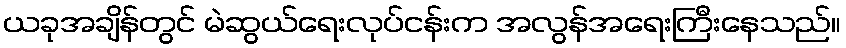
ယခုအချိန်တွင် မဲဆွယ်ရေးလုပ်ငန်းက အလွန်အရေးကြီးနေသည်။